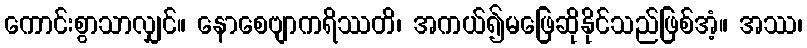
ကောင်းစွာသာလျှင်။ နောစေဗျာကရိဿတိ၊ အကယ်၍မဖြေဆိုနိုင်သည်ဖြစ်အံ့။ အဿ၊